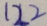
1 2 2